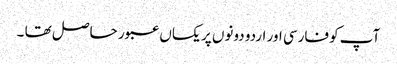
آپ کو فارسی اور اردو دونوں پر یکساں عبور حاصل تھا ۔